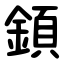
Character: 顉